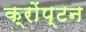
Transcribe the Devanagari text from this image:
क्रोंप्टन